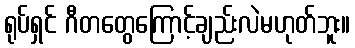
ရုပ်ရှင် ဂီတတွေကြောင့်ချည်းလဲမဟုတ်ဘူး။